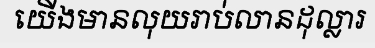
យើងមានលុយរាប់លានដុល្លារ